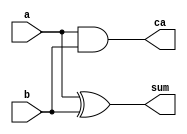
module HalfAdder (a,b,sum,ca);
input a,b;
output sum,ca;

assign sum = a ^ b;
assign ca = a & b;
    
endmodule